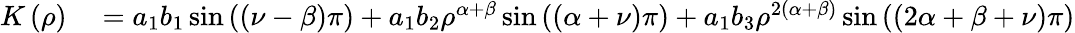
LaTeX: \begin{array}{rl}{K\left(\rho\right)}&{{}=a_{1}b_{1}\sin\left(\left(\nu-\beta\right)\pi\right)+a_{1}b_{2}\rho^{\alpha+\beta}\sin\left(\left(\alpha+\nu\right)\pi\right)+a_{1}b_{3}\rho^{2\left(\alpha+\beta\right)}\sin\left(\left(2\alpha+\beta+\nu\right)\pi\right)}\end{array}